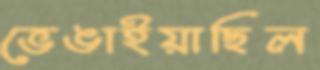
ভেঙাইয়াছিল